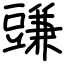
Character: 豏